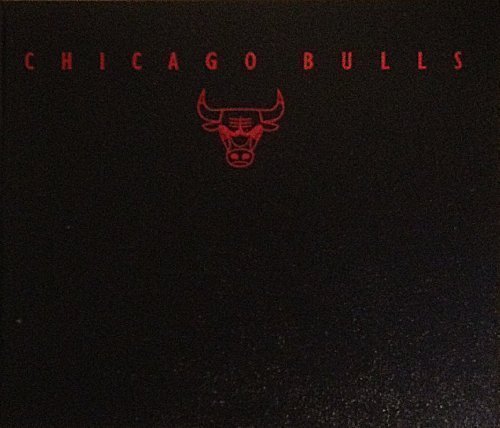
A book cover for Chicago Bulls: The Authorized Pictorial; Roland Lazenby; Sports & Outdoors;